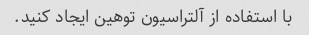
با استفاده از آلتراسیون توهین ایجاد کنید.